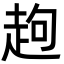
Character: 䞤